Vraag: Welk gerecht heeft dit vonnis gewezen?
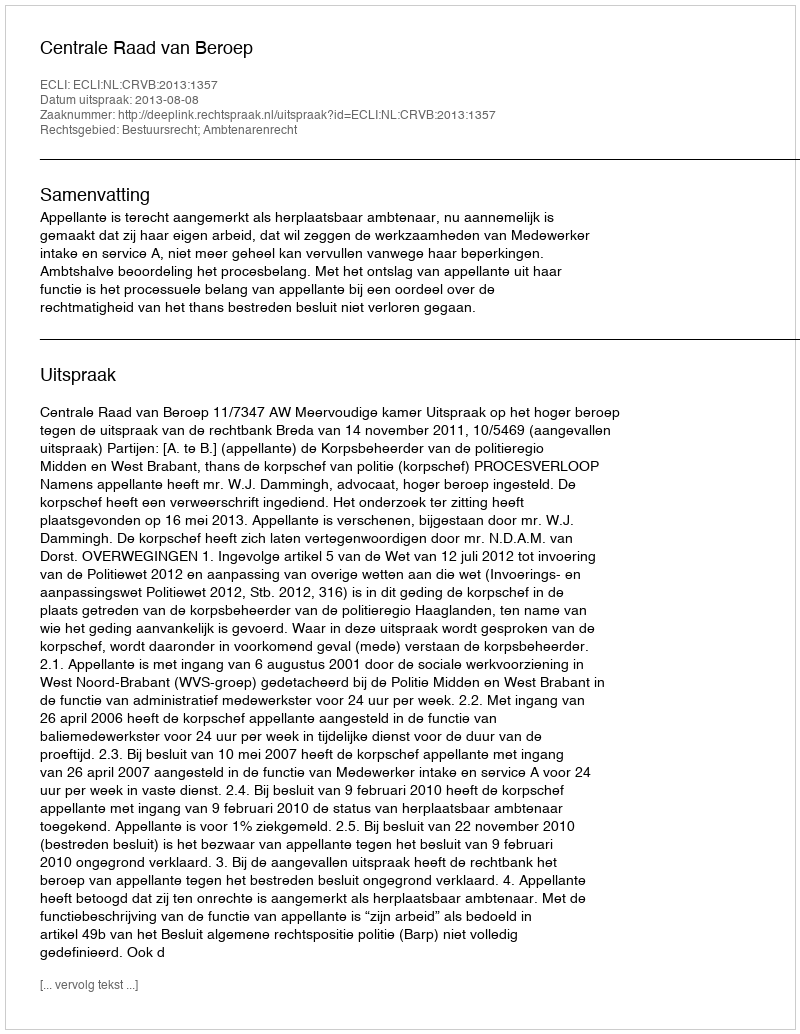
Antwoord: Centrale Raad van Beroep